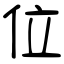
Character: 位